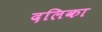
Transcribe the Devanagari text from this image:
दलिका